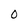
Character: 0